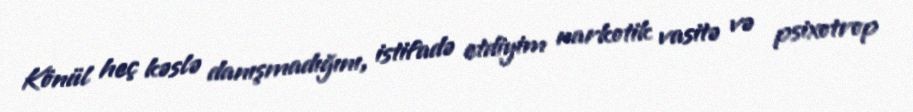
Könül heç kəslə danışmadığını, istifadə etdiyim narkotik vasitə və psixotrop